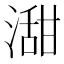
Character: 㵇